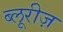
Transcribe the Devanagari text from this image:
ब्लूरीज़